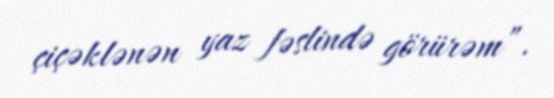
çiçəklənən yaz fəslində görürəm”.